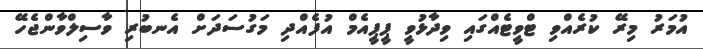
އުމަރު މިރޭ ކުރެއްވި ޓްވީޓެއްގައި ވިދާޅުވީ ޕީޕީއެމް އުފެއްދި މަގުސަދަށް އެނބުރި ވާސިލްވާންޖެހޭ